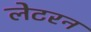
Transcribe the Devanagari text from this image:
लेटरन